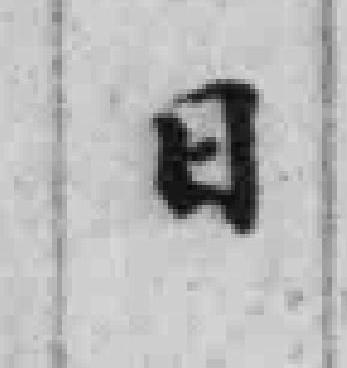
日